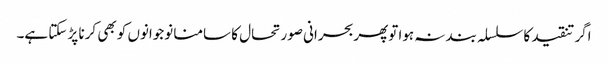
اگر تنقید کا سلسلہ بند نہ ہوا توپھربحرانی صورتحال کا سامنا نوجوانوں کو بھی کرنا پڑ سکتا ہے۔